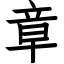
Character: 章